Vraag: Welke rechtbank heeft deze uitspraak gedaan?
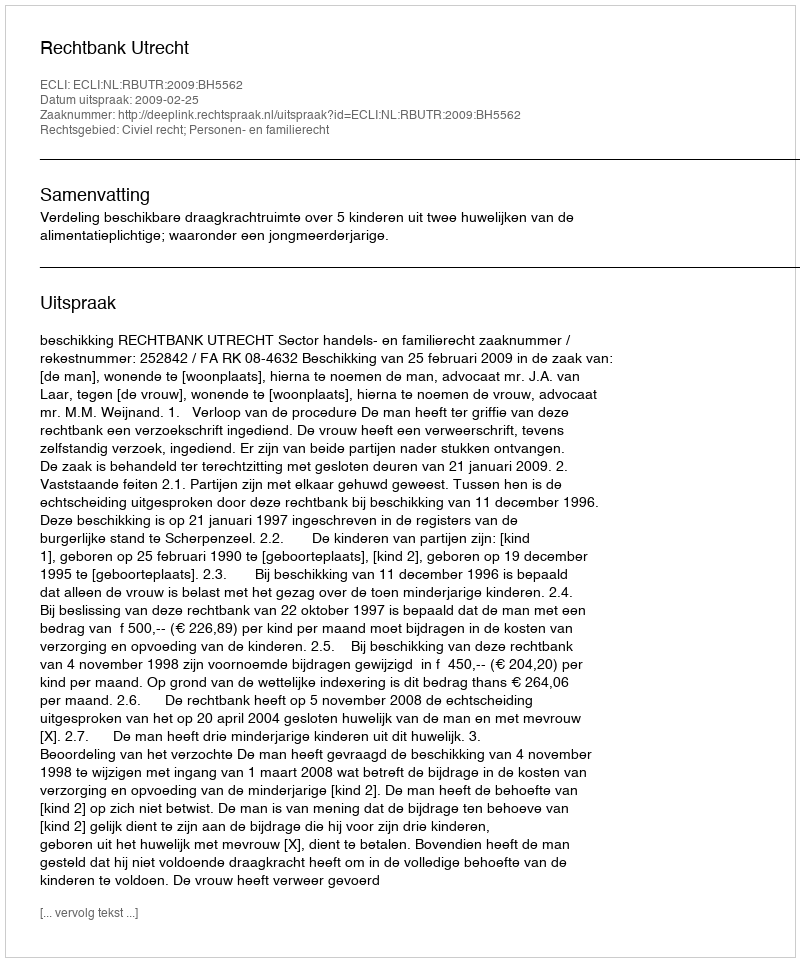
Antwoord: Rechtbank Utrecht